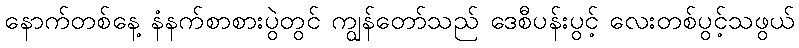
နောက်တစ်နေ့ နံနက်စာစားပွဲတွင် ကျွန်တော်သည် ဒေစီပန်းပွင့် လေးတစ်ပွင့်သဖွယ်